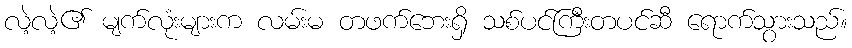
လဲ့လဲ့၏ မျက်လုံးများက လမ်းမ တဖက်ဘေးရှိ သစ်ပင်ကြီးတပင်ဆီ ရောက်သွားသည်။